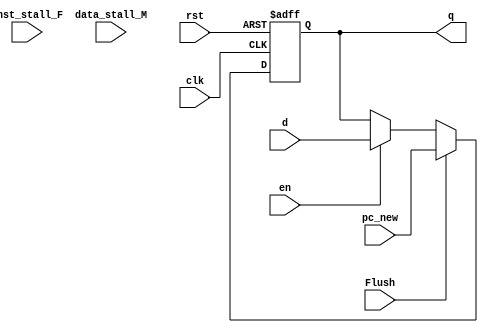
`timescale 1ns / 1ps


module pc #(parameter WIDTH = 8)(
	input wire clk,rst,en,Flush,inst_stall_F,data_stall_M,
	input wire[WIDTH-1:0] pc_new, d,
	output reg[WIDTH-1:0] q
);
	always @(posedge clk, posedge rst) begin
		if(rst) begin
			q <= 32'hbfc00000;
		end else if (Flush) begin
			q <= pc_new;
		end else if(en) begin
			q <= d;
		end else begin
			q <= q;
		end
	end
endmodule